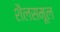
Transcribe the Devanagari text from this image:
शैलसमूल